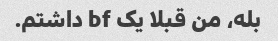
بله، من قبلا یک bf داشتم.